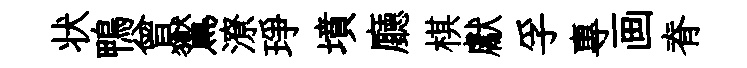
状鴨曾鸑潦琤墳廳棋獻孚專画脊